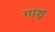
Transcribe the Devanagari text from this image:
गांशु